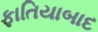
ફાતિયાબાદ